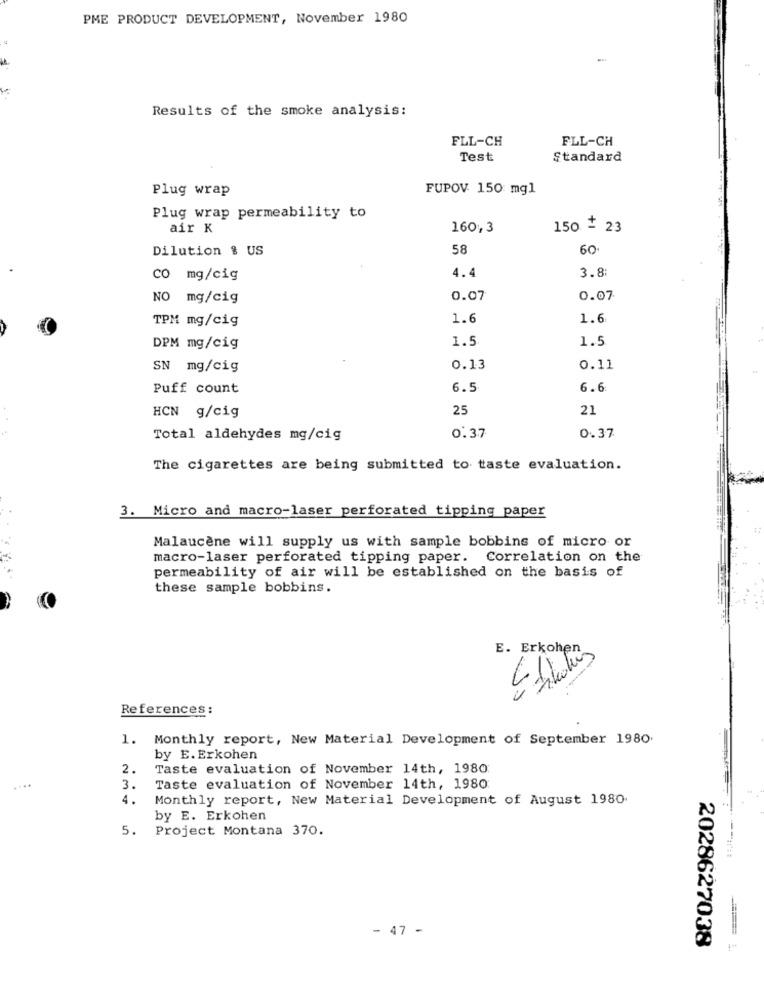
PME PRODUCT DEVELOPMENT, November 1980
Results of the smoke analysis:
FLL-CH
FLL-CH
Test
Standard
Plug wrap
FUPOV 150 mgl
Plug wrap permeability to
air K
160, 3
150 + 23
Dilution & US
58
60.
3.8
CO mg/cig
4.4
NO mg/cig
0.07
0.07
TPM mg/cig
1.6
1.6
1.5
1.5
DPM mg/cig
SN mg/cig
0.13
0.11
Puff count
6.5
6.6
..
25
21
HCN g/cig
Total aldehydes mg/cig
0.37
0.37
The cigarettes are being submitted to taste evaluation.
3. Micro and macro-laser perforated tipping paper
Malaucène will supply us with sample bobbins of micro or
macro-laser perforated tipping paper. Correlation on the
permeability of air will be established on the basis of
these sample bobbins.
References:
1. Monthly report, New Material Development of September 1980
by E. Erkohen
2.
Taste evaluation of November 14th, 1980
....
3.
Taste evaluation of November 14th, 1980
4.
Monthly report, New Material Development of August 1980.
by E. Erkohen
5. Project Montana 370.
- 47 -
2028627038